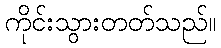
ကိုင်းသွားတတ်သည်။